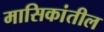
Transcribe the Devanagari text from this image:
मासिकांतील